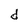
Character: d